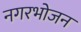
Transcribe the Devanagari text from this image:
नगरभोजन